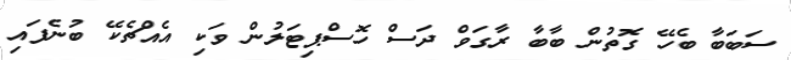
ސަބަބާ ބެހޭ ގޮތުން ބާބާ ރާގަވް ދަސް ހޮސްޕިޓަލުން ވަކި އެއްޗެކޭ ބުނެފައި